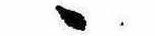
ゝ